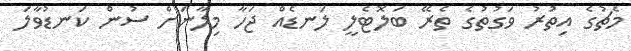
މެޗުގެ އިތުރު ވަގުތުގެ ތެރޭ ބަލޮޓެލީ ލަނޑެއް ޖަހާ މިލާނަށް ސުން ކަނޑުވާލަ